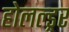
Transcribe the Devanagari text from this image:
होलल्ड्रर